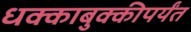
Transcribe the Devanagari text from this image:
धक्काबुक्कीपर्यंत